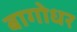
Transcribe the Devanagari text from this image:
बागोधर